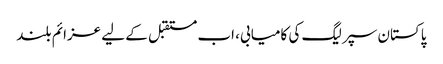
پاکستان سپر لیگ کی کامیابی، اب مستقبل کے لیے عزائم بلند